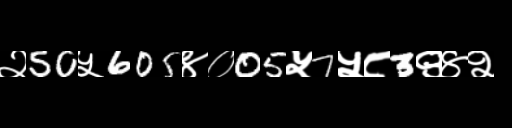
Text: २50५605४०05५7५८3९४२